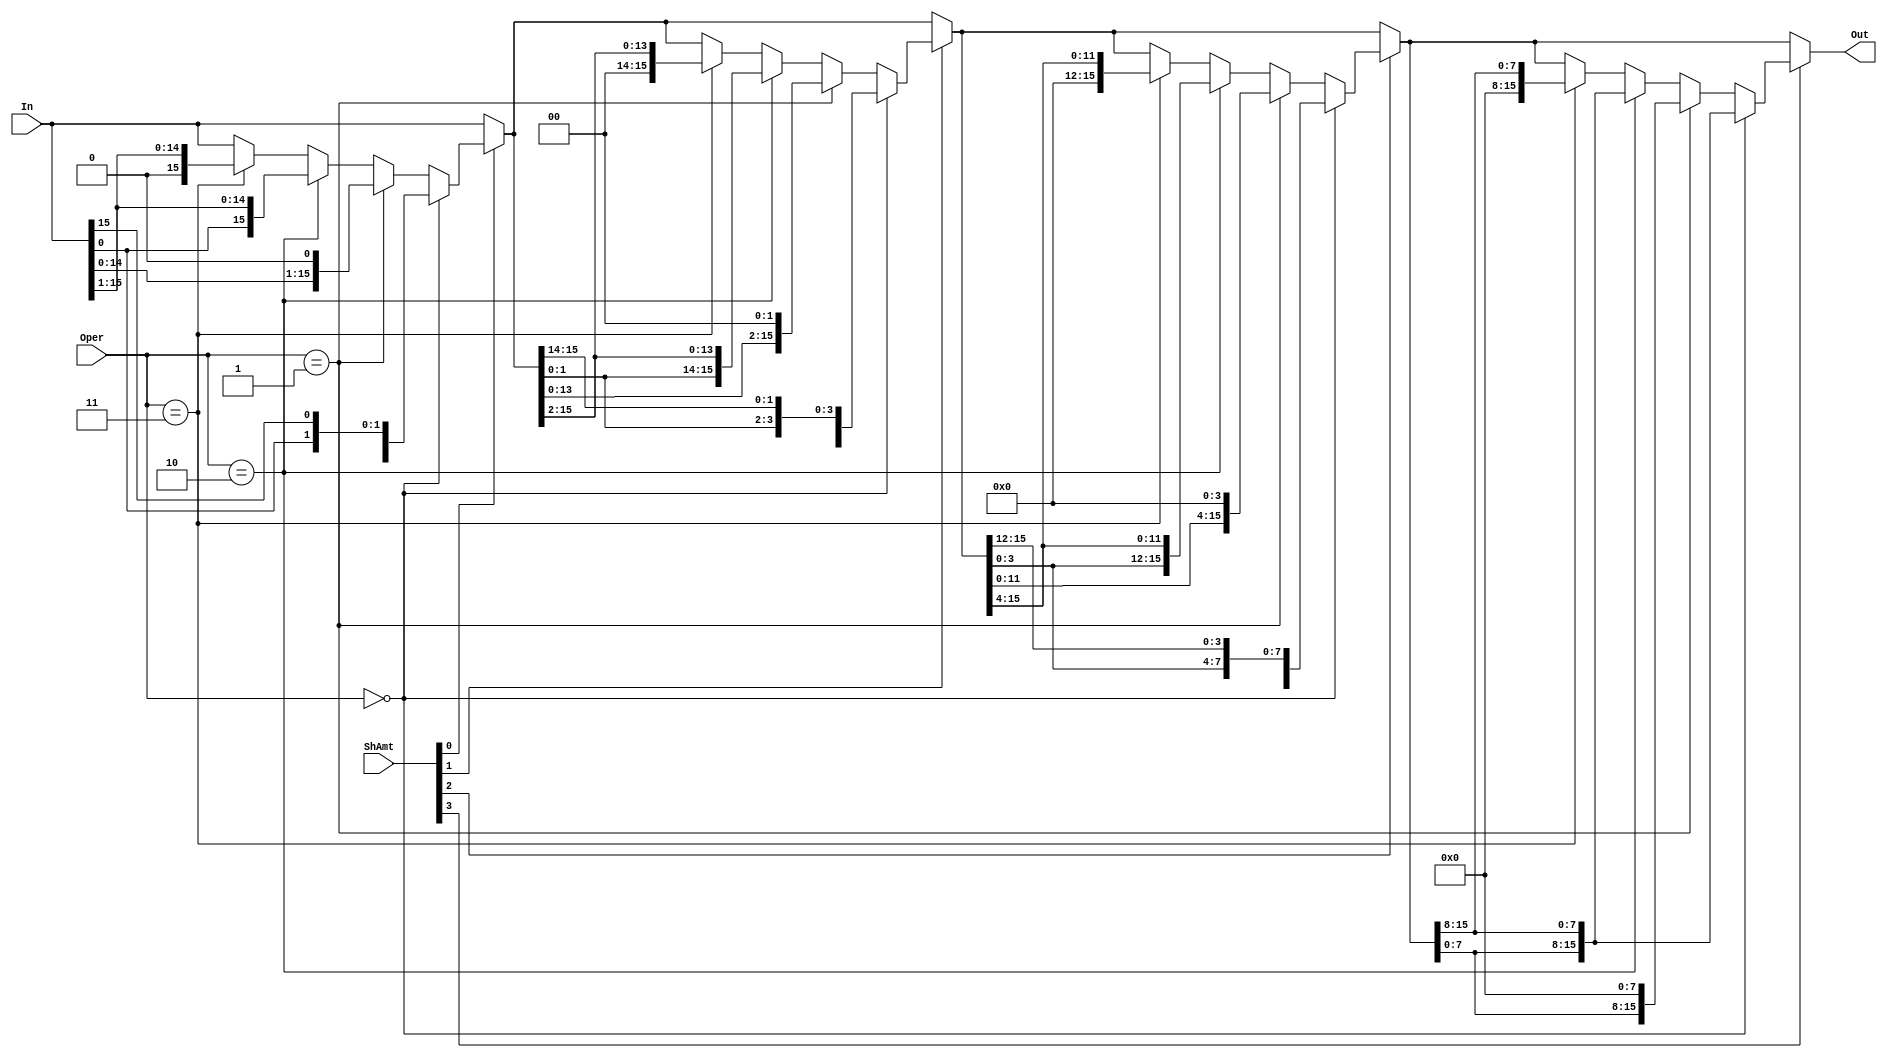
/*
    CS/ECE 552 Spring '22
    Homework #2, Problem 1
    
    A barrel shifter module.  It is designed to shift a number via rotate
    left, shift left, shift right arithmetic, or shift right logical based
    on the 'Oper' value that is passed in.  It uses these
    shifts to shift the value any number of bits.
 */
module shifter (In, ShAmt, Oper, Out);

    // declare constant for size of inputs, outputs, and # bits to shift
    parameter OPERAND_WIDTH = 16;
    parameter SHAMT_WIDTH   =  4;
    parameter NUM_OPERATIONS = 2;

    input  [OPERAND_WIDTH -1:0] In   ; // Input operand
    input  [SHAMT_WIDTH   -1:0] ShAmt; // Amount to shift/rotate
    input  [NUM_OPERATIONS-1:0] Oper ; // Operation type
    output [OPERAND_WIDTH -1:0] Out  ; // Result of shift/rotate

    wire [OPERAND_WIDTH - 1:0] stg1;
    wire [OPERAND_WIDTH - 1:0] stg2;
    wire [OPERAND_WIDTH - 1:0] stg3;

    assign stg1 = ShAmt[0]? ((Oper == 2'b00) ? {In[OPERAND_WIDTH - 1 - 1: 0], In[OPERAND_WIDTH - 1: OPERAND_WIDTH - 1]} :
		  	     (Oper == 2'b01) ? {In[OPERAND_WIDTH - 1 - 1: 0], {1{1'b0}}} :
		  	     (Oper == 2'b10) ? {In[0], In[OPERAND_WIDTH - 1: 1]} :
		  	     (Oper == 2'b11) ? {{1{1'b0}}, In[OPERAND_WIDTH - 1: 1]}: In) : In; 

    assign stg2 = ShAmt[1]? ((Oper == 2'b00) ? {stg1[OPERAND_WIDTH - 1 - 2: 0], stg1[OPERAND_WIDTH - 1: OPERAND_WIDTH - 2]} :
		    	     (Oper == 2'b01) ? {stg1[OPERAND_WIDTH - 1 - 2: 0], {2{1'b0}}} :
		  	     (Oper == 2'b10) ? {stg1[1:0], stg1[OPERAND_WIDTH - 1: 2]} :
		  	     (Oper == 2'b11) ? {{2{1'b0}}, stg1[OPERAND_WIDTH - 1: 2]}: stg1) : stg1;

    assign stg3 = ShAmt[2]? ((Oper == 2'b00) ? {stg2[OPERAND_WIDTH - 1 - 4: 0], stg2[OPERAND_WIDTH - 1: OPERAND_WIDTH - 4]} :
		  	     (Oper == 2'b01) ? {stg2[OPERAND_WIDTH - 1 - 4: 0], {4{1'b0}}} :
		  	     (Oper == 2'b10) ? {stg2[3:0], stg2[OPERAND_WIDTH - 1: 4]} :
		  	     (Oper == 2'b11) ? {{4{1'b0}}, stg2[OPERAND_WIDTH - 1: 4]}: stg2) : stg2; 

    assign Out  = ShAmt[3]? ((Oper == 2'b00) ? {stg3[OPERAND_WIDTH - 1 - 8: 0], stg3[OPERAND_WIDTH - 1: OPERAND_WIDTH - 8]} :
		             (Oper == 2'b01) ? {stg3[OPERAND_WIDTH - 1 - 8: 0], {8{1'b0}}} :
		             (Oper == 2'b10) ? {stg3[7:0], stg3[OPERAND_WIDTH - 1: 8]} :
		             (Oper == 2'b11) ? {{8{1'b0}}, stg3[OPERAND_WIDTH - 1: 8]}: stg3) : stg3;

endmodule